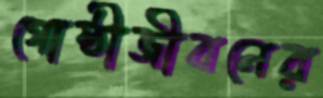
গোষ্ঠীজীবনের